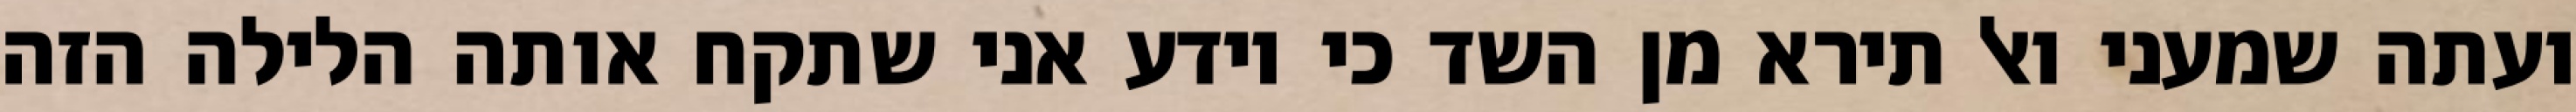
ועתה שמעני ואל תירא מן השד כי יודע אני שתקח אותה הלילה הזה